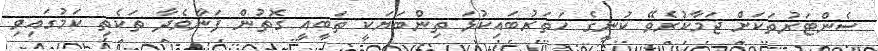
ސެންޓަރުތަކަށް ޖަމާކުރެވޭ ކުނީގެ ހަތަރުބައިކުޅަ ތިންބަޔަކީ ތަބީއީ ގޮތުން ފަނާވެދާ ތަކެތި ކަމުގައިވި